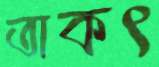
তাকৎ